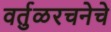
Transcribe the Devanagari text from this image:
वर्तुळरचनेचे